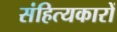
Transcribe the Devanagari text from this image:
संहित्यकारों